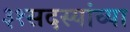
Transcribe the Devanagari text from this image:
३१सदस्यांच्या